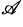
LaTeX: ^{\mathscr{A}}